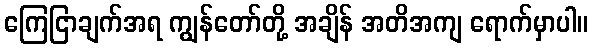
ကြေငြာချက်အရ ကျွန်တော်တို့ အချိန် အတိအကျ ရောက်မှာပါ။